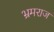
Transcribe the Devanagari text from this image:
भ्रमराज